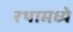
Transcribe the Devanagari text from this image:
रथामध्ये